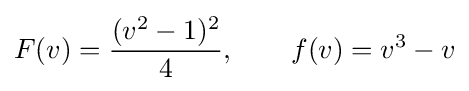
F(v)={\frac {(v^{2}-1)^{2}}{4}},\qquad f(v)=v^{3}-v